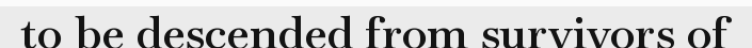
to be descended from survivors of